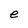
Character: e